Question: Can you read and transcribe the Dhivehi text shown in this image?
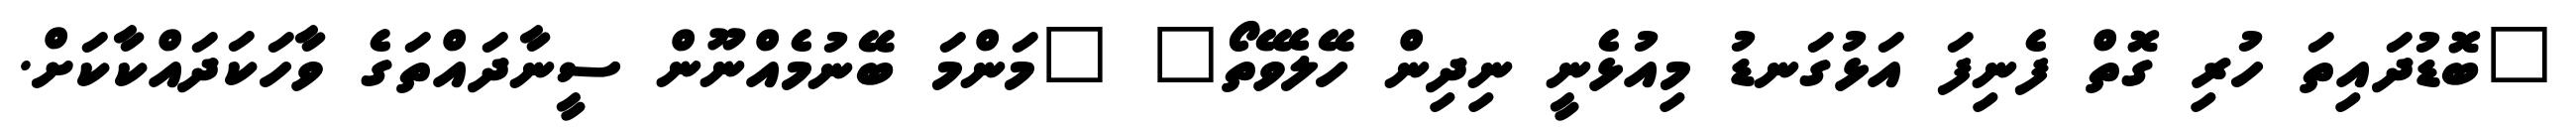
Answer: "ބޮޑުދައިތަ ހުރި ގޮތް ފެނިފަ އަޅުގަނޑު މިއުޅެނީ ނިދިން ހޭލެވޭތޯ" "މަންމަ ބޭނުމެއްނޫން ސީނާދައްތަގެ ވާހަކަދައްކާކަށް.